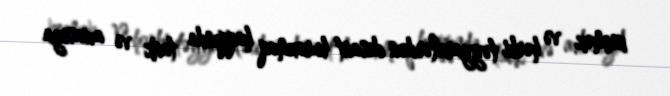
keçmək və hərbi təyyarələrdən desant buraxmaq haqqında tank və aviasiya